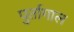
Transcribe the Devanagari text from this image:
पुर्तागाल